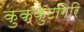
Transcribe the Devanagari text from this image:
कुक्कुटगिरि